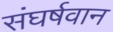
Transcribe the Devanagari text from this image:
संघर्षवान